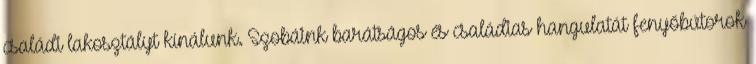
családi lakosztályt kínálunk. Szobáink barátságos és családias hangulatát fenyőbútorok